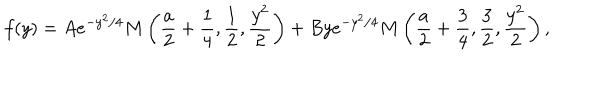
f ( y ) = A e ^ { - y ^ { 2 } / 4 } M \left( \frac { a } { 2 } + \frac { 1 } { 4 } , \frac { 1 } { 2 } , \frac { y ^ { 2 } } { 2 } \right) + B y e ^ { - y ^ { 2 } / 4 } M \left( \frac { a } { 2 } + \frac { 3 } { 4 } , \frac { 3 } { 2 } , \frac { y ^ { 2 } } { 2 } \right) ,